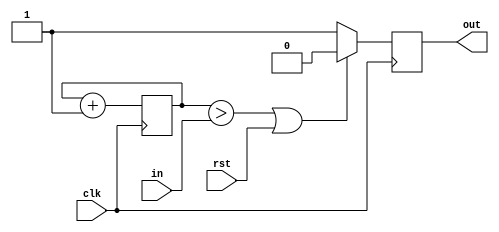
module pwm (
input wire clk, 
input wire [10:0] in,
//output out,
output reg out = 0,
input wire rst);

	wire [10:0] local_input;
   reg [10:0] clk_count;
	assign local_input = in;// << 3;//11'b00010000000; //this is 2.56 microseconds
	
	//daniel edits
	//reg out_reg = 0;
	//assign out = out_reg;
	
	always @(posedge clk)
	   clk_count <= clk_count+1'b1;
		
	always @(posedge clk)
		//out_reg<=0;
		if(clk_count>local_input || rst==1) out<=0;
		else             out<=1;
		
//		//if(clk_count<local_input || rst==1) out<=0;
//		if(clk_count>=local_input || rst==1) out<=0;
//		else             out<=1;

endmodule